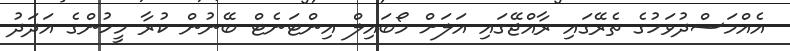
އެއްމަސްދުވަހުގެ ތެރޭގައި ރާއްޖޭގައި އަލަށް މޯބައިލް އިންޓަނެޓް ބޭނުން ކުރާ މީހުންގެ އަދަދު